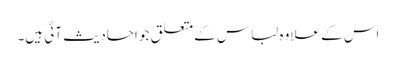
اس کے علاوہ لباس کےمتعلق جو احادیث آئی ہیں۔